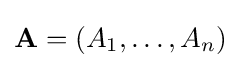
\mathbf {A} =\left(A_{1},\ldots ,A_{n}\right)